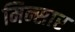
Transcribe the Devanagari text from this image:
मिन्सार